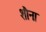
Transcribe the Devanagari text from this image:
शौना